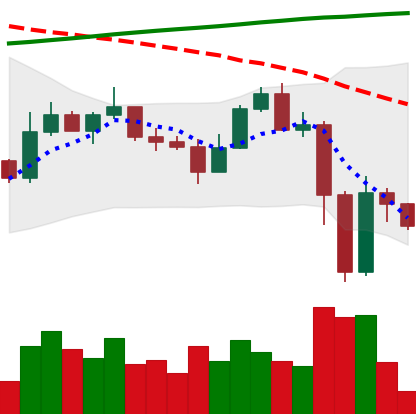
Ticker: ETC-USD
Chart end date: 2022-11-12
Forward return: -3.998%
Label: down_3_5